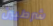
شرطيين